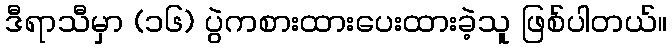
ဒီရာသီမှာ (၁၆) ပွဲကစားထားပေးထားခဲ့သူ ဖြစ်ပါတယ်။